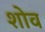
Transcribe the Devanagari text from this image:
शोव